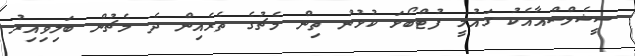
ސީޝެލްސްއާއެކު ގައުމީ ފުޓްބޯޅަ ކުޅުނު ތިން މެޗުގެ ތެރެއިން ދެ މެޗުން ބަލިވިއިރު